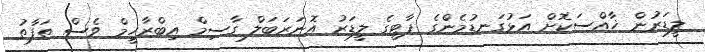
ލީޑަރުން ޚާއްސަކޮށް އަޅުގަނޑުމެންގެ ޕާޓީގެ ލީޑަރު އޮނަރަބަލް ގާސިމް އިބްރާހީމް ވެސް ތަފާތު